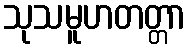
သုသမူဟတတ္တာ